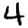
Digit: 4